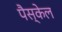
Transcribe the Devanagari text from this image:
पैस्केल